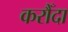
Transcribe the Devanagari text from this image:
करौँदा